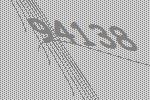
94138